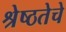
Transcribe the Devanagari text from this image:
श्रेष्ठतेचे